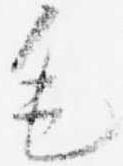
毛